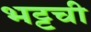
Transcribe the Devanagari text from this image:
भट्टची